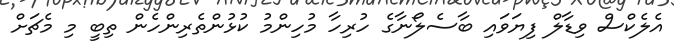
އެލެކްސް ވިޑާލް ފިޔަވައި ބާސެލޯނާގެ ހުރިހާ މުހިންމު ކުޅުންތެރިންހެން ތިބީ މި މެޗަށް